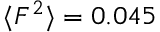
\langle F ^ { 2 } \rangle = 0 . 0 4 5